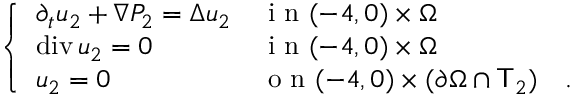
\begin{array} { r } { \left\{ \begin{array} { l l } { \partial _ { t } u _ { 2 } + \nabla P _ { 2 } = \Delta u _ { 2 } } & { \mathrm { ~ i ~ n ~ } ( - 4 , 0 ) \times \Omega } \\ { \operatorname { d i v } u _ { 2 } = 0 } & { \mathrm { ~ i ~ n ~ } ( - 4 , 0 ) \times \Omega } \\ { u _ { 2 } = 0 } & { \mathrm { ~ o ~ n ~ } ( - 4 , 0 ) \times ( \partial \Omega \cap \mathsf T _ { 2 } ) \quad . } \end{array} \right. } \end{array}